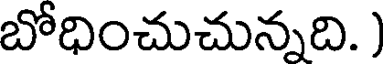
బోధించుచున్నది. )